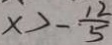
x > - \frac { 1 2 } { 5 }